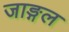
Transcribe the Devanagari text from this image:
जाङ्गल